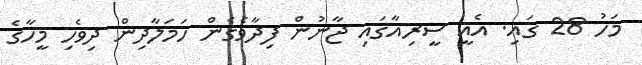
މަހު 28 ގައި. އެއީ ސީރިއާގައި ޖާނުން ފިދާވެގެން ހަމަލާދިން ދިވެހި މީހާގެ